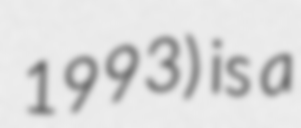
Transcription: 1993) is a